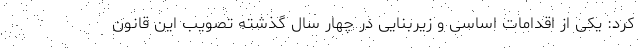
کرد: یکی از اقدامات اساسی و زیربنایی در چهار سال گذشته تصویب این قانون